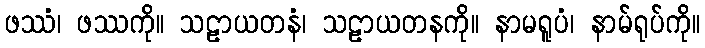
ဖဿံ၊ ဖဿကို။ သဠာယတနံ၊ သဠာယတနကို။ နာမရူပံ၊ နာမ်ရုပ်ကို။